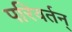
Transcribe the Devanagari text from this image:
परिवर्तन्